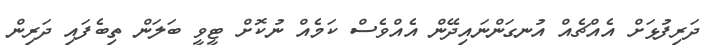
ދަރިފުޅަށް އެއްޗެއް އުނގަންނައިދޭން އެއްވެސް ކަމެއް ނުކޮށް ޓީވީ ބަލަން ތިބެފައި ދަރިން